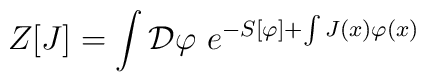
Z[J]= \int{\cal D}\varphi\ e^{-S[\varphi]+ \int J(x)\varphi(x)}